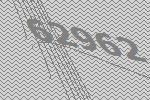
62962